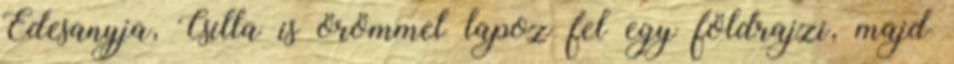
Édesanyja, Csilla is örömmel lapoz fel egy földrajzi, majd